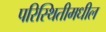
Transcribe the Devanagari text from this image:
परिस्थितीमधील